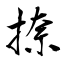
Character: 捺